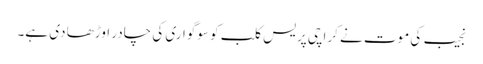
نجیب کی موت نے کراچی پریس کلب کو سوگواری کی چادر اوڑھا دی ہے۔